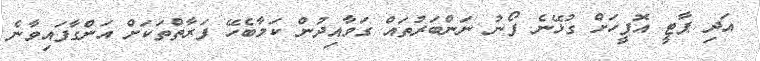
އަދި ޕާޓީ އޮފީހަށް ގުޅޭނެ ފޯނު ނަންބަރުތައް ގަވާއިދުން ކަމާބެހޭ ފަރާތްތަކަށް އަންގާފައިވާނެ